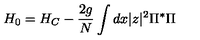
H _ { 0 } = H _ { C } - \frac { 2 g } { N } \int d x | z | ^ { 2 } \Pi ^ { * } \Pi